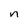
Character: n